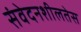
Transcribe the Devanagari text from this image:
संवेदनशीलतेस